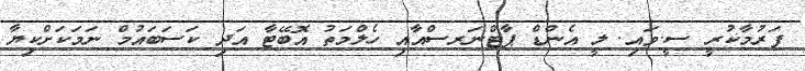
ފަރުމާކުރީ ސީ.ވައި. ލީ އެންޑް ޕާޓްނަރސްއާއި ހެލްމަތު އޮބޭޓާ އަދި ކަސަބައުމް ނަމަކަށްކިޔާ